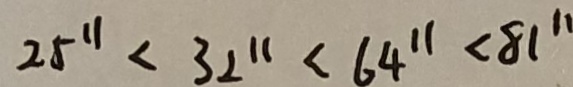
2 5 ^ { 1 1 } < 3 2 ^ { 1 1 } < 6 4 ^ { 1 1 } < 8 1 ^ { \prime }